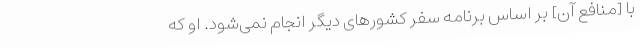
با [منافع آن] بر اساس برنامه سفر کشورهای دیگر انجام نمی‌شود. او که